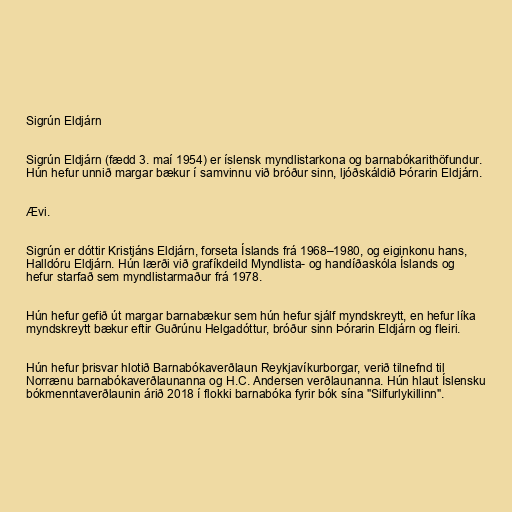
Sigrún Eldjárn

Sigrún Eldjárn (fædd 3. maí 1954) er íslensk myndlistarkona og barnabókarithöfundur.
Hún hefur unnið margar bækur í samvinnu við bróður sinn, ljóðskáldið Þórarin Eldjárn.

Ævi.

Sigrún er dóttir Kristjáns Eldjárn, forseta Íslands frá 1968–1980, og eiginkonu hans,
Halldóru Eldjárn. Hún lærði við grafíkdeild Myndlista- og handíðaskóla Íslands og
hefur starfað sem myndlistarmaður frá 1978.

Hún hefur gefið út margar barnabækur sem hún hefur sjálf myndskreytt, en hefur líka
myndskreytt bækur eftir Guðrúnu Helgadóttur, bróður sinn Þórarin Eldjárn og fleiri.

Hún hefur þrisvar hlotið Barnabókaverðlaun Reykjavíkurborgar, verið tilnefnd til
Norrænu barnabókaverðlaunanna og H.C. Andersen verðlaunanna. Hún hlaut Íslensku
bókmenntaverðlaunin árið 2018 í flokki barnabóka fyrir bók sína "Silfurlykillinn".